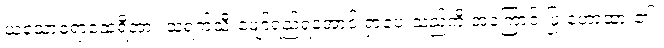
ယသောဓရာထေရီအား သရက်သီးဖျော်ရည်ရအောင် ရှာပေးသည်ကို အကြောင်းပြု ဟောထား၏။